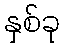
နှစ်ခု